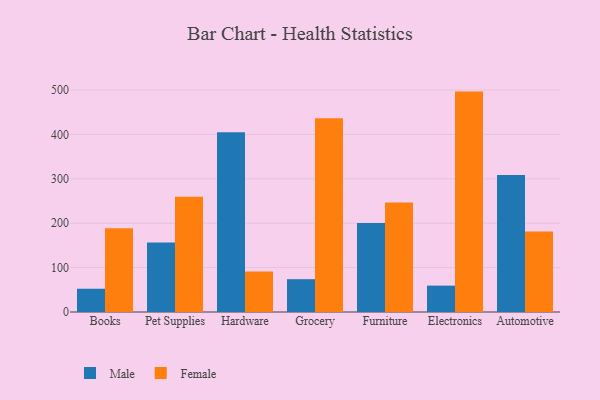
{"axis": {"x": "Category", "y": "Website Visitors"}, "legend": ["Female", "Male"], "data": [{"x": "Books", "y": 52.4, "type": "Male"}, {"x": "Books", "y": 188.4, "type": "Female"}, {"x": "Pet Supplies", "y": 156.8, "type": "Male"}, {"x": "Pet Supplies", "y": 259.7, "type": "Female"}, {"x": "Hardware", "y": 405.0, "type": "Male"}, {"x": "Hardware", "y": 91.3, "type": "Female"}, {"x": "Grocery", "y": 73.9, "type": "Male"}, {"x": "Grocery", "y": 436.2, "type": "Female"}, {"x": "Furniture", "y": 200.4, "type": "Male"}, {"x": "Furniture", "y": 246.5, "type": "Female"}, {"x": "Electronics", "y": 59.4, "type": "Male"}, {"x": "Electronics", "y": 496.5, "type": "Female"}, {"x": "Automotive", "y": 308.4, "type": "Male"}, {"x": "Automotive", "y": 181.6, "type": "Female"}]}